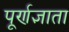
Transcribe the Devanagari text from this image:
पूर्णज्ञाता